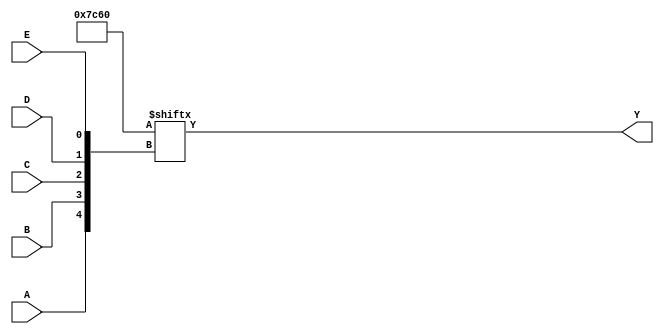
module five_variable_kmap (
    input wire A,      // Input variable A
    input wire B,      // Input variable B
    input wire C,      // Input variable C
    input wire D,      // Input variable D
    input wire E,      // Input variable E
    output wire Y      // Output signal
);

// Internal wire for the K-map
wire [31:0] kmap;

// Define the K-map based on the specific minterms
assign kmap[0]  = 0; // A'B'C'D'E'
assign kmap[1]  = 0; // A'B'C'D'E
assign kmap[2]  = 0; // A'B'C'DE'
assign kmap[3]  = 0; // A'B'C'DE
assign kmap[4]  = 0; // A'B'CD'E'
assign kmap[5]  = 1; // A'B'CD'E
assign kmap[6]  = 1; // A'B'CD'E
assign kmap[7]  = 0; // A'B'CD
assign kmap[8]  = 0; // A'BC'D'E'
assign kmap[9]  = 0; // A'BC'D'E
assign kmap[10] = 1; // A'BC'DE'
assign kmap[11] = 1; // A'BC'DE
assign kmap[12] = 1; // A'BCD'E'
assign kmap[13] = 1; // A'BCD'E
assign kmap[14] = 1; // A'BCDE'
assign kmap[15] = 0; // A'BCDE
assign kmap[16] = 0; // AB'C'D'E'
assign kmap[17] = 0; // AB'C'D'E
assign kmap[18] = 0; // AB'C'DE'
assign kmap[19] = 0; // AB'C'DE
assign kmap[20] = 0; // AB'CD'E'
assign kmap[21] = 0; // AB'CD'E
assign kmap[22] = 0; // AB'CD'E
assign kmap[23] = 0; // AB'CD
assign kmap[24] = 0; // ABC'D'E'
assign kmap[25] = 0; // ABC'D'E
assign kmap[26] = 0; // ABC'DE'
assign kmap[27] = 0; // ABC'DE
assign kmap[28] = 0; // ABCD'E'
assign kmap[29] = 0; // ABCD'E
assign kmap[30] = 0; // ABCDE'
assign kmap[31] = 0; // ABCDE

// Output logic based on the K-map
assign Y = kmap[{A, B, C, D, E}]; // Use the input combination as the index to access the K-map

endmodule